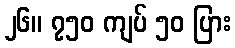
၂၆။ ၇၅၀ ကျပ် ၅၀ ပြား